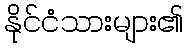
နိုင်ငံသားများ၏